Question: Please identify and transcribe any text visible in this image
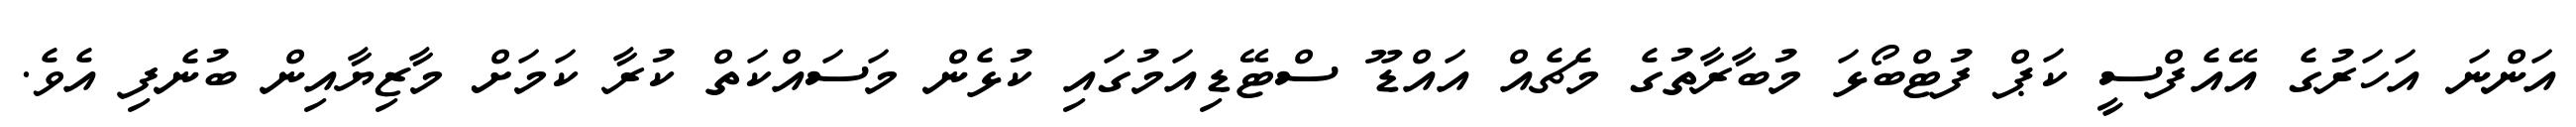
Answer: އަންނަ އަހަރުގެ އޭއެފްސީ ކަޕް ފުޓްބޯޅަ މުބާރާތުގެ މެޗެއް އައްޑޫ ސްޓޭޑިއަމުގައި ކުޅެން މަސައްކަތް ކުރާ ކަމަށް މާޒިޔާއިން ބުނެފި އެވެ.